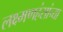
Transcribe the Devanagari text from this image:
लक्ष्मणहंसांच्या